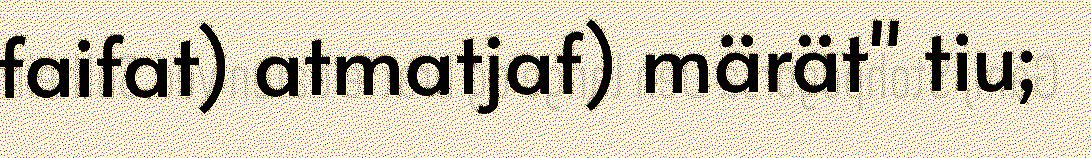
faifat) atmatjaf) märät" tiu;